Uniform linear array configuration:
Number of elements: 16
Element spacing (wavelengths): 1
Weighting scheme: hamming
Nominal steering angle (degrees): -45
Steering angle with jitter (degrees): -46.134
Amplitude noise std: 0.05
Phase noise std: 0.05

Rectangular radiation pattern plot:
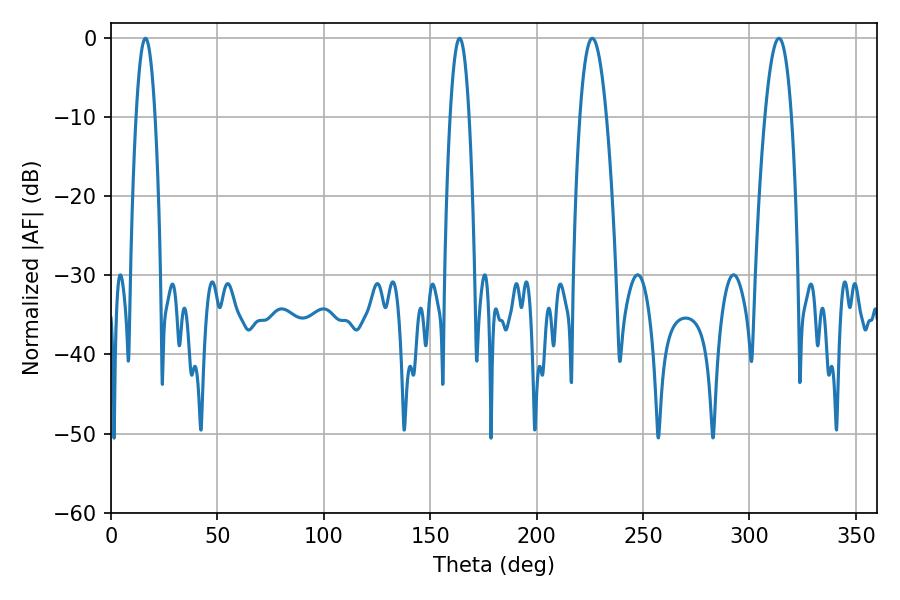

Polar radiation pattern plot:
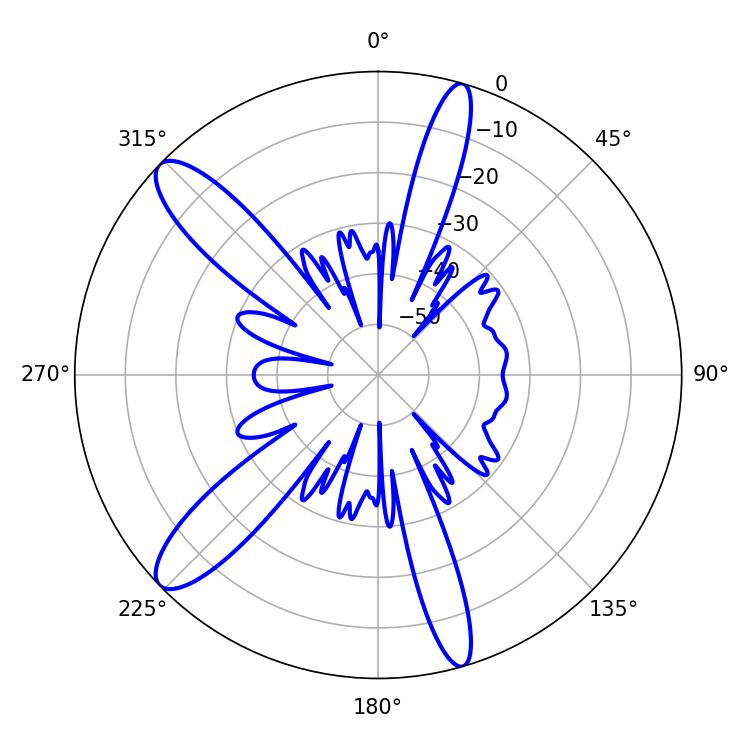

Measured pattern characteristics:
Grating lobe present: TRUE
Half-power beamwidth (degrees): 5.04
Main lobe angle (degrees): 16.2